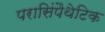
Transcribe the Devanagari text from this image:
परासिंपैथेटिक